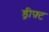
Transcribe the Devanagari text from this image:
ड्रीफ़्ट